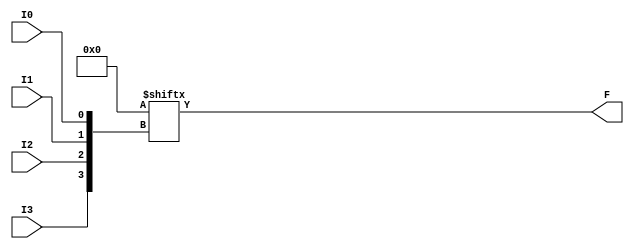
`ifdef verilator3
`else
`timescale 1 ps / 1 ps
`endif
//
// LUT4 primitive for Gowin FPGAs
// Compatible with Verilator tool (www.veripool.org)
// Copyright (c) 2022 Frdric REQUIN
// License : BSD
//

module LUT4
#(
    parameter [15:0] INIT = 16'h0
)
(
    input  I0,
    input  I1,
    input  I2,
    input  I3,
    output F
);

    assign F = INIT[{I3, I2, I1, I0}];

endmodule